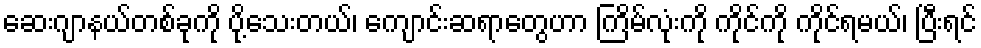
ဆေးဂျာနယ်တစ်ခုကို ပို့သေးတယ်၊ ကျောင်းဆရာတွေဟာ ကြိမ်လုံးကို ကိုင်ကို ကိုင်ရမယ်၊ ပြီးရင်